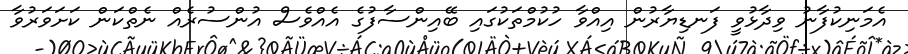
އެމަނިކުފާނު ވިދާޅުވީ ފަނޑިޔާރުން އިއްވާ ހުކުމްތަކުގައި ބޭއިންސާފުގެ އެއްވެސް އުންސުރެއް ނެތްކަން ކަށަވަރުވާ